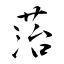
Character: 菭